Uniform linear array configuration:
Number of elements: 16
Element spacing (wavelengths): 0.75
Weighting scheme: kaiser
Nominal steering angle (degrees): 45
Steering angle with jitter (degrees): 43.627
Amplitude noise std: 0.05
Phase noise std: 0.05

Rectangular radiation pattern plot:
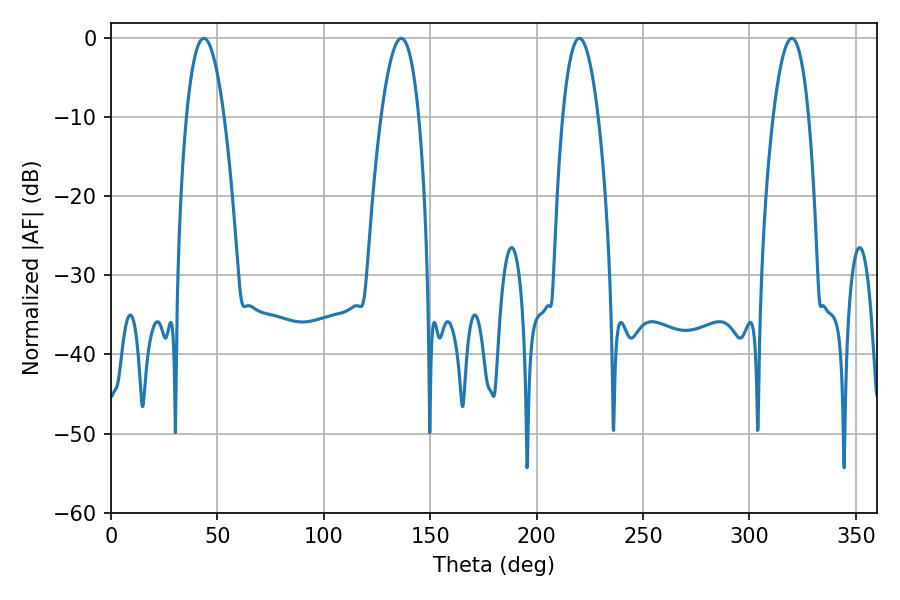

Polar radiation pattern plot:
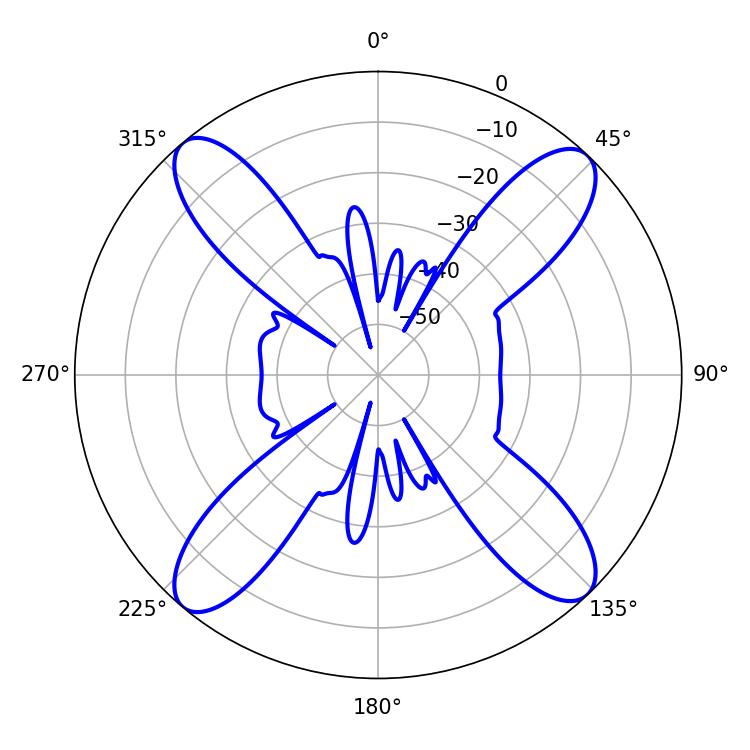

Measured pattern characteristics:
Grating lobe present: TRUE
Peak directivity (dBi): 18.157
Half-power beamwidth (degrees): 9.9
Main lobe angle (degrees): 43.56